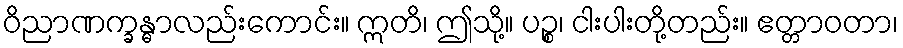
ဝိညာဏက္ခန္ဓာလည်းကောင်း။ ဣတိ၊ ဤသို့။ ပဉ္စ၊ ငါးပါးတို့တည်း။ ဧတ္တာဝတာ၊